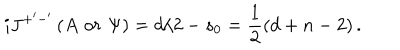
i J ^ { + ^ { \prime } - ^ { \prime } } \left( A \, \, o r \, \, \Psi \right) = d / 2 - s _ { 0 } = \frac 1 2 \left( d + n - 2 \right) .